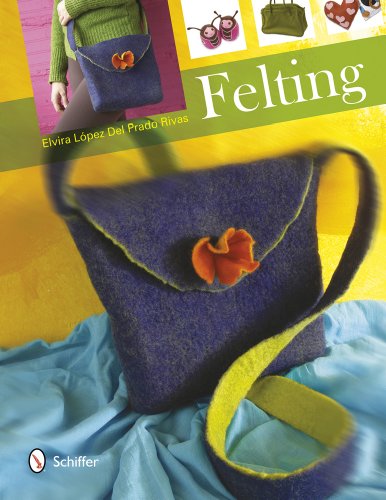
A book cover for Felting; Elvira Lopez Del Prado Rivas; Crafts, Hobbies & Home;